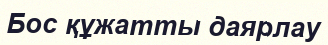
Бос құжатты даярлау